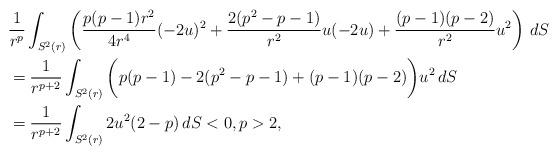
LaTeX: \begin{align*}&\frac{1}{r^p}\int_{S^2(r)} \bigg(\frac{p(p-1)r^2}{4r^4}(-2u)^2 +\frac{2(p^2-p-1)}{r^2}u(-2u) + \frac{(p-1)(p-2)}{r^2}u^2\bigg)\,\, dS \\&= \frac{1}{r^{p+2}}\int_{S^2(r)}\bigg(p(p-1)-2(p^2-p-1)+(p-1)(p-2)\bigg) u^2 \, dS \\&= \frac{1}{r^{p+2}}\int_{S^2(r)} 2u^2(2-p)\, dS < 0, p>2,\end{align*}